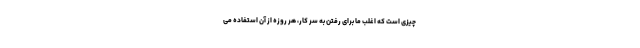
چیزی است که اغلب ما برای رفتن به سر کار، هر روزه از آن استفاده می